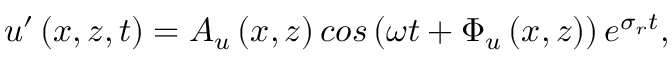
u ^ { \prime } \left( x , z , t \right) = A _ { u } \left( x , z \right) c o s \left( \omega t + \Phi _ { u } \left( x , z \right) \right) e ^ { \sigma _ { r } t } ,